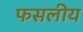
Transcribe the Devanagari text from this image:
फसलीय